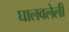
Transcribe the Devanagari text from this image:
घालवलेली